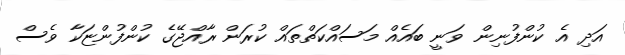
އަދި އެ ކުންފުނިން ވަނީ ބައެއް މަސައްކަތްތައް ކުރަން ރާއްޖޭގެ ކުންފުންޏަކާ ވެސް